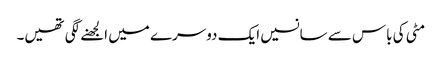
مٹی کی باس سے سانسیں ایک دوسرے میں الجھنے لگی تھیں۔